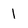
Character: 1